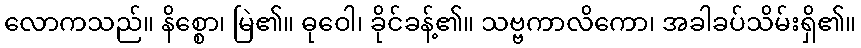
လောကသည်။ နိစ္စော၊ မြဲ၏။ ဓုဝေါ၊ ခိုင်ခန့်၏။ သဗ္ဗကာလိကော၊ အခါခပ်သိမ်းရှိ၏။